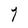
Character: Y